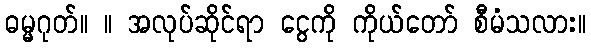
ဓမ္မဂုတ်။ ။ အလုပ်ဆိုင်ရာ ငွေကို ကိုယ်တော် စီမံသလား။